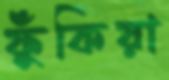
ফুঁকিয়া